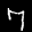
Label: 7